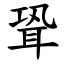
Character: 聓